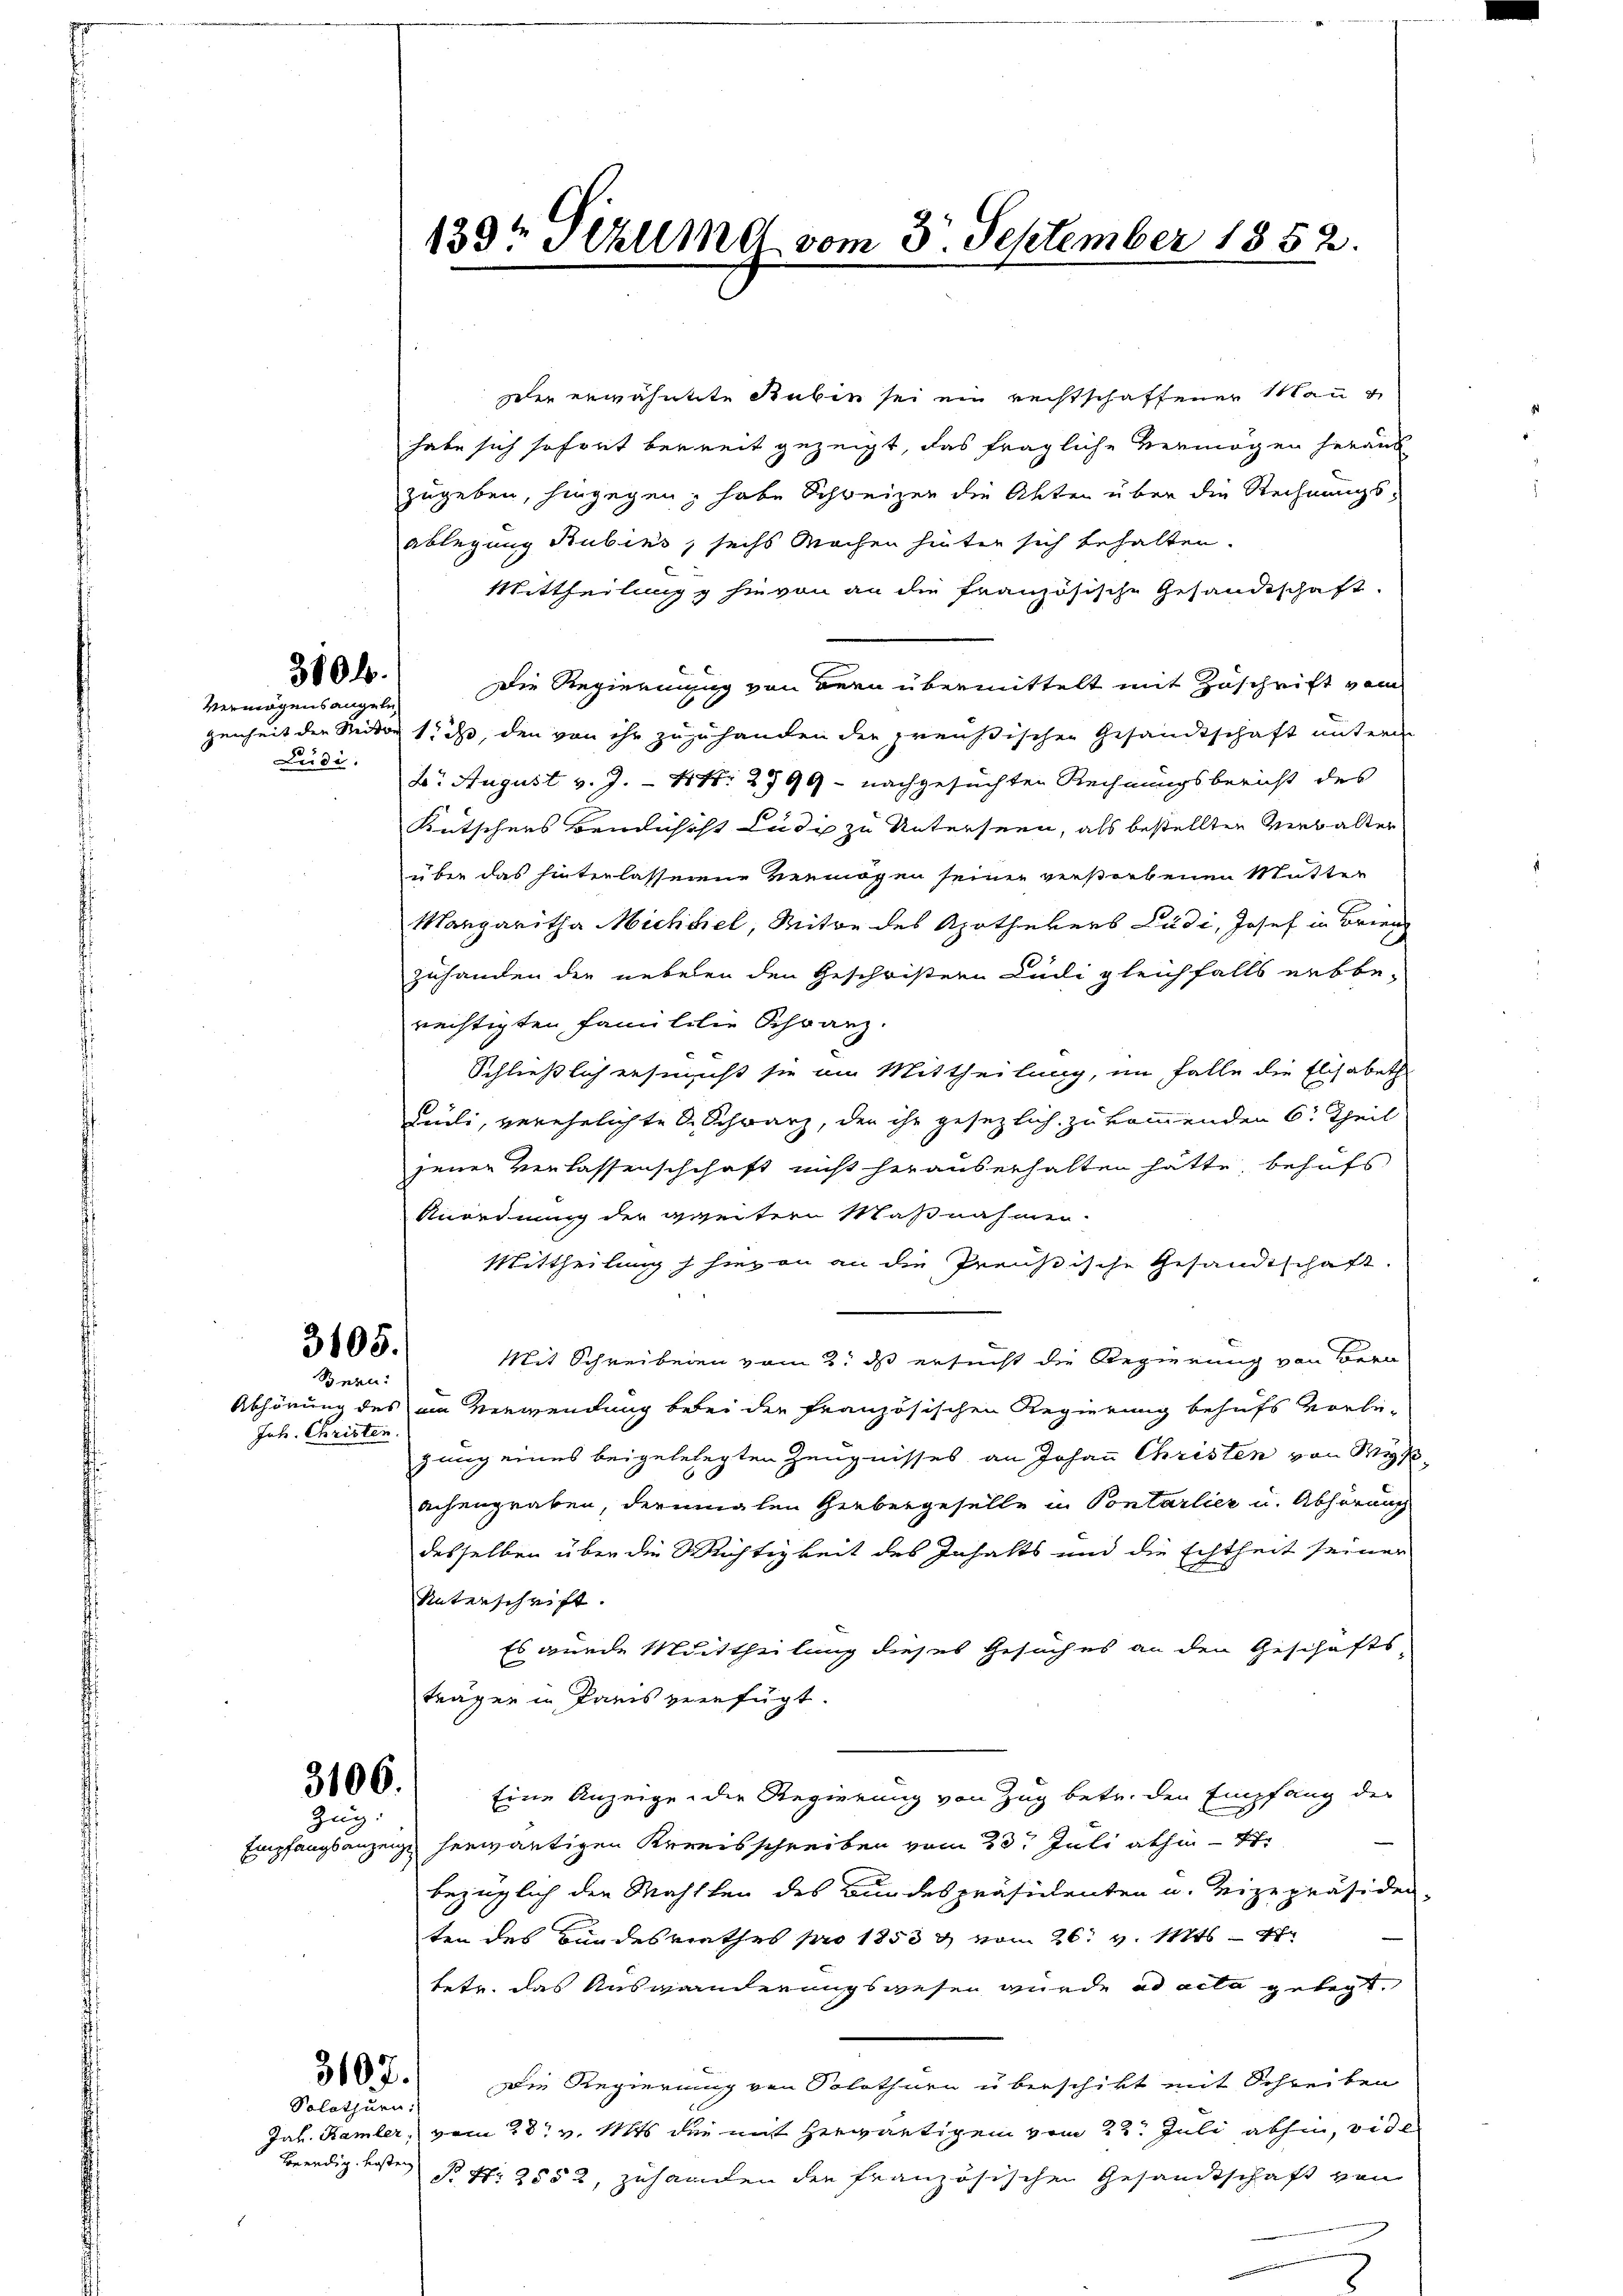
Ludi.

Juhr. Christen.

3106.
Zug:

3806.
Vermögensangeln

3105.
Bern:

Der erwähntete Bubin sei ein rechtschaffenen Man
habe sich sofort bereit gezeigt, das fragliche Vermögen heraus
zugeben, hingegen, habe Schweizer die Akten über die Rechnungs-
ablegung Rubins, sechs Wochen hinter sich behalten.
Mittheilung hievon an die französische Gesandtschaft
Die Regierung von dern übermittelt mit Zuschrift vom
genheit der Mitte 1 ist, den von ihr zuzuhanden der preußischen Gesandtschaft untern
2. August v. J. - 4. 2799 - nachgesuchten Rechnungsbericht des
Kutschens Bendührst Ludis zu Unterseen, als bestellten Verbalter
über das hinterlassenene Vermögen seiner verstorbenen Mutter
n
Margaritha Michael, Mitte des Apothekers Ludi, Josef in Brien
zuhanden die neben den Geschristern Cili gleichfalls erbbe-
rechtigten Famililie Schranz
Schließlich ersinnst sie am Mittheilung, im Falle die Elisabeth
Leili, verehelichte A. Schwarz, den ihr gesezlich zu kommenden 6: Theil
jener Verlassenschchaft nicht herauserhalten hätte, behufs
Anordnung der weitern Maßnahmen.
Mittheilung hievon an die Preußische Gesandtschaft.
Mit Schreibenen vom 2t ds ersucht die Regierung von Bern
Abhörung des am Verwendung berei der Französischen Regierung behufs vorbe-
gung eines beigebelegten Zeugnisses an Johann Christen von Wy
achengraben, dermalen Gerbergeselle in Sontarlier u. Abhörung
desselben über die Wichtigkeit des Inhalts und die Echtheit seinen
Unterschrift.
Es wurde Mittheilung dieses Gesuch es an den Geschäfts
trägen in Paris verfügt.
Eine Anzeige der Regierung von Zug betr. den Empfang der
Empfangsanzeige herwärtigen Kreisschreiben vom 23t Juli abhin 17
bezüglich der Mahllen des Bundespräsidenten u. Vizepräsiden-
ten des Bundesrathes pro 1853 & vom 26. v. Mts. – 4
tete. das Auswanderungswesen wurde ad acta gelegt.
Die Regierung von Solothurn überschikt mit Schreiben
Jah. Kamler, vom 28t v. Mts die mit herwärtigem vom 22. Juli abhin, vide
Beerdig besten No Nr. 2552, zuhanden der französischen Gesandtschaft von

3107.

Solothurn:

130t Sezung vom 3. September 1852.